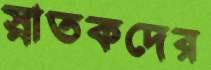
স্নাতকদের